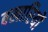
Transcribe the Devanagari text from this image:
बखारियों